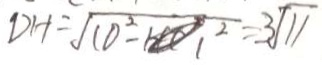
D H = \sqrt { 1 0 ^ { 2 } - 1 ^ { 2 } } = 3 \sqrt { 1 1 }